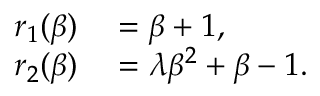
\begin{array} { r l } { r _ { 1 } ( \beta ) } & { { } = \beta + 1 , } \\ { r _ { 2 } ( \beta ) } & { { } = \lambda \beta ^ { 2 } + \beta - 1 . } \end{array}